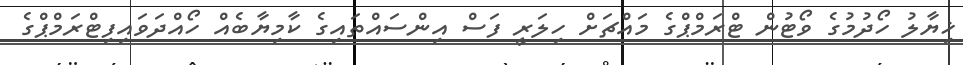
ޚިޔާލު ހޯދުމުގެ ވޯޓުން ޓްރަމްޕްގެ މައްޗަށް ހިލަރީ ފަސް އިންސައްތައިގެ ކާމިޔާބެއް ހޯއްދަވައިފިޓްރަމްޕްގެ